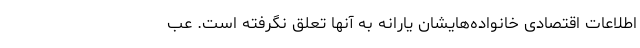
اطلاعات اقتصادی خانواده‌هایشان یارانه به آنها تعلق نگرفته است. عب